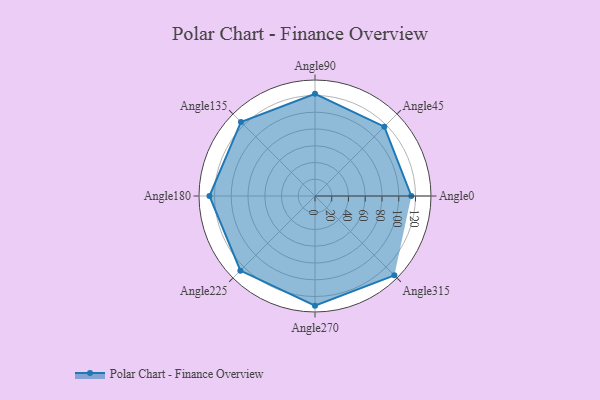
{"axis": {"x": "Angle", "y": "Radius"}, "legend": [""], "data": [{"x": "Angle0", "y": 115.0, "type": ""}, {"x": "Angle45", "y": 117.0, "type": ""}, {"x": "Angle90", "y": 122.0, "type": ""}, {"x": "Angle135", "y": 125.0, "type": ""}, {"x": "Angle180", "y": 126.0, "type": ""}, {"x": "Angle225", "y": 126.0, "type": ""}, {"x": "Angle270", "y": 131.0, "type": ""}, {"x": "Angle315", "y": 134.0, "type": ""}]}